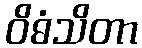
ဝိဓံသိတာ